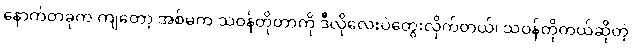
နောက်တခုက ကျတော့ အစ်မက သဝန်တိုတာကို ဒီလိုလေးပဲတွေးလိုက်တယ်၊ သဝန်တိုတယ်ဆိုတဲ့